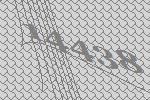
14438